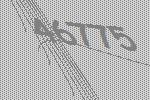
46775